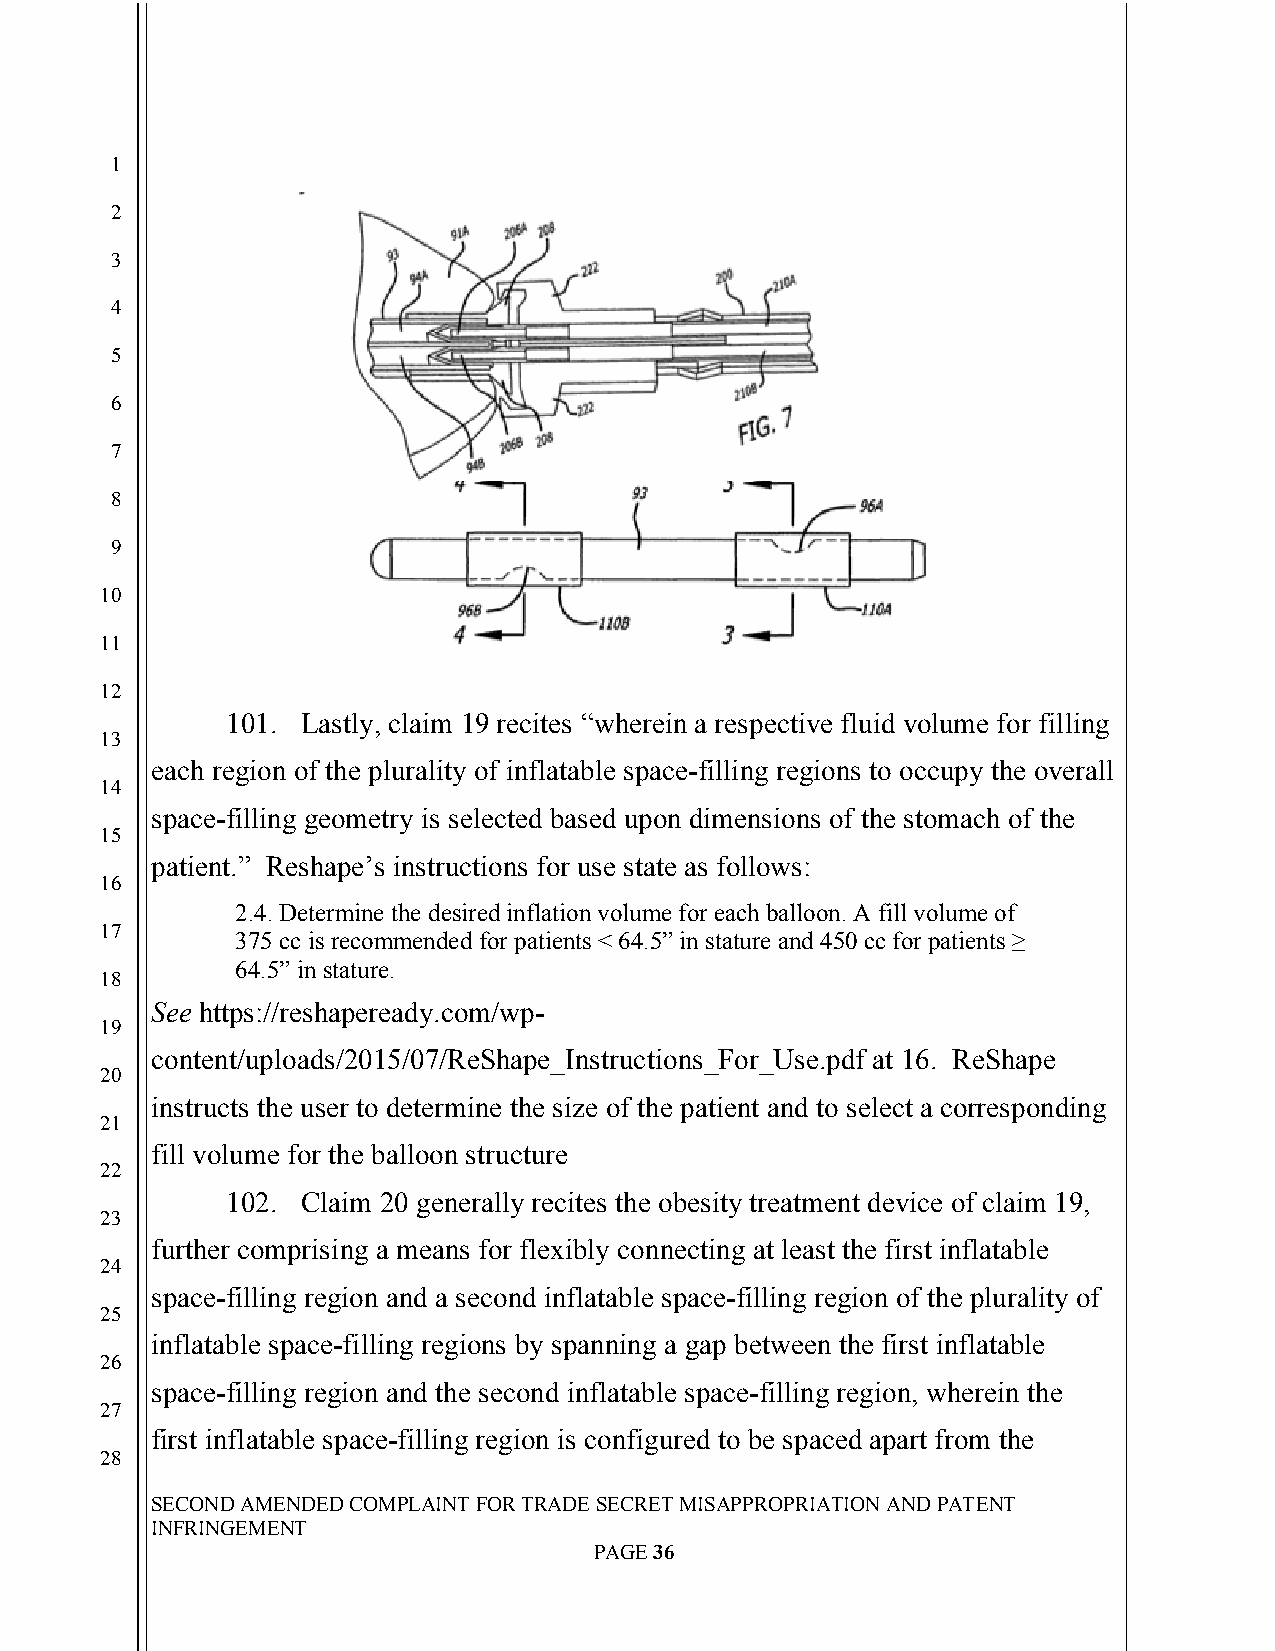
`
 1
 2
 3
 4
 5
 6
 7
 8
 9
 10
 11
 12
 101. Lastly, claim 19 recites “wherein a respective fluid volume for filling
 13
 each region of the plurality of inflatable space-filling regions to occupy the overall
 14
 space-filling geometry is selected based upon dimensions of the stomach of the
 15
 patient.” Reshape’s instructions for use state as follows:
 16
 2.4. Determine the desired inflation volume for each balloon. A fill volume of
 17
 375 cc is recommended for patients < 64.5” in stature and 450 cc for patients ≥
 64.5” in stature.
 18
 See https://reshapeready.com/wp-
 19
 content/uploads/2015/07/ReShape_Instructions_For_Use.pdf at 16. ReShape
 20
 instructs the user to determine the size of the patient and to select a corresponding
 21
 fill volume for the balloon structure
 22
 102. Claim 20 generally recites the obesity treatment device of claim 19,
 23
 further comprising a means for flexibly connecting at least the first inflatable
 24
 space-filling region and a second inflatable space-filling region of the plurality of
 25
 inflatable space-filling regions by spanning a gap between the first inflatable
 26
 space-filling region and the second inflatable space-filling region, wherein the
 27
 first inflatable space-filling region is configured to be spaced apart from the
 28
 SECOND AMENDED COMPLAINT FOR TRADE SECRET MISAPPROPRIATION AND PATENT
 INFRINGEMENT
 PAGE 36